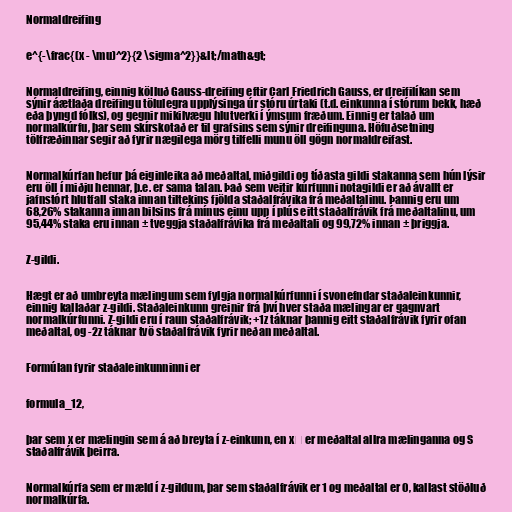
Normaldreifing

e^{-\frac{(x - \mu)^2}{2 \sigma^2}}&lt;/math&gt;

Normaldreifing, einnig kölluð Gauss-dreifing eftir Carl Friedrich Gauss, er dreifilíkan sem
sýnir áætlaða dreifingu tölulegra upplýsinga úr stóru úrtaki (t.d. einkunna í stórum bekk, hæð
eða þyngd fólks), og gegnir mikilvægu hlutverki í ýmsum fræðum. Einnig er talað um
normalkúrfu, þar sem skírskotað er til grafsins sem sýnir dreifinguna. Höfuðsetning
tölfræðinnar segir að fyrir nægilega mörg tilfelli munu öll gögn normaldreifast.

Normalkúrfan hefur þá eiginleika að meðaltal, miðgildi og tíðasta gildi stakanna sem hún lýsir
eru öll í miðju hennar, þ.e. er sama talan. Það sem veitir kúrfunni notagildi er að ávallt er
jafnstórt hlutfall staka innan tiltekins fjölda staðalfrávika frá meðaltalinu. Þannig eru um
68,26% stakanna innan bilsins frá mínus einu upp í plús eitt staðalfrávik frá meðaltalinu, um
95,44% staka eru innan ± tveggja staðalfrávika frá meðaltali og 99,72% innan ± þriggja.

Z-gildi.

Hægt er að umbreyta mælingum sem fylgja normalkúrfunni í svonefndar staðaleinkunnir,
einnig kallaðar z-gildi. Staðaleinkunn greinir frá því hver staða mælingar er gagnvart
normalkúrfunni. Z-gildi eru í raun staðalfrávik; +1z táknar þannig eitt staðalfrávik fyrir ofan
meðaltal, og -2z táknar tvö staðalfrávik fyrir neðan meðaltal.

Formúlan fyrir staðaleinkunninni er

formula_12,

þar sem x er mælingin sem á að breyta í z-einkunn, en x̅ er meðaltal allra mælinganna og S
staðalfrávik þeirra.

Normalkúrfa sem er mæld í z-gildum, þar sem staðalfrávik er 1 og meðaltal er 0, kallast stöðluð
normalkúrfa.